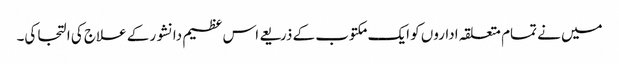
میں نے تمام متعلقہ اداروں کو ایک مکتوب کے ذریعے اس عظیم دانشور کے علاج کی التجا کی۔